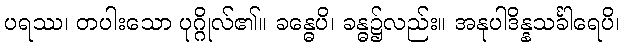
ပရဿ၊ တပါးသော ပုဂ္ဂိုလ်၏။ ခန္ဓေပိ၊ ခန္ဓ၌လည်း။ အနုပါဒိန္နသင်္ခါရေပိ၊